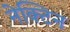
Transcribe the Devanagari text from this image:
नेक्टिन